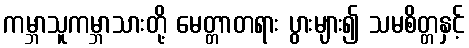
ကမ္ဘာသူကမ္ဘာသားတို့ မေတ္တာတရား ပွားများ၍ သမစိတ္တနှင့်